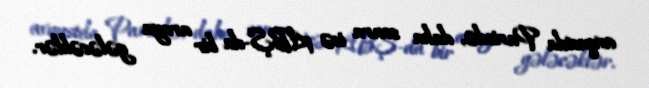
avqustda Parisdə, daha sonra isə ABŞ-da bir araya gələcəklər.